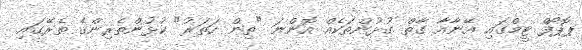
ޕޮޕޯފް ޓީމްގައި އޭނާއާ ގާތް ގުޅުންތަކެއް އޮންނަ "ތިން ހަތަރު" ކުޅުންތެރިންގެ ތެރޭގައި